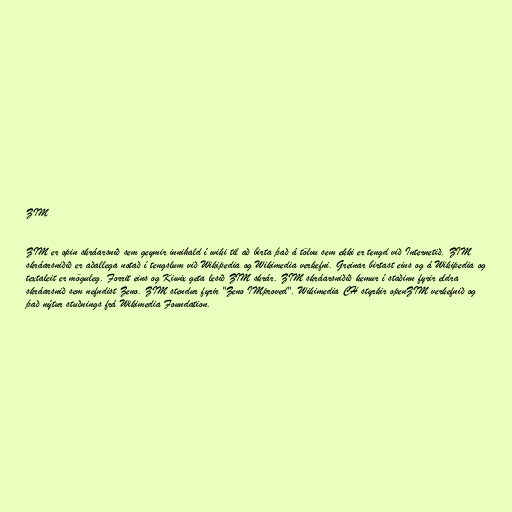
ZIM

ZIM er opin skráarsnið sem geymir innihald í wiki til að birta það á tölvu sem ekki er tengd við Internetið. ZIM
skráarsniðið er aðallega notað í tengslum við Wikipedia og Wikimedia verkefni. Greinar birtast eins og á Wikipedia og
textaleit er möguleg. Forrit eins og Kiwix geta lesið ZIM skrár. ZIM skráarsniðið kemur í staðinn fyrir eldra
skráarsnið sem nefndist Zeno. ZIM stendur fyrir "Zeno IMproved". Wikimedia CH styrkir openZIM verkefnið og
það nýtur stuðnings frá Wikimedia Foundation.